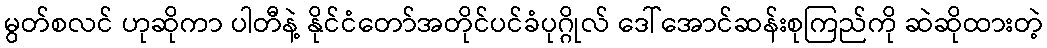
မွတ်စလင် ဟုဆိုကာ ပါတီနဲ့ နိုင်ငံတော်အတိုင်ပင်ခံပုဂ္ဂိုလ် ဒေါ်အောင်ဆန်းစုကြည်ကို ဆဲဆိုထားတဲ့